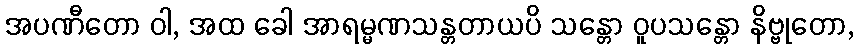
အပဏီတော ဝါ, အထ ခေါ အာရမ္မဏသန္တတာယပိ သန္တော ဝူပသန္တော နိဗ္ဗုတော,